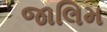
જાલિમ